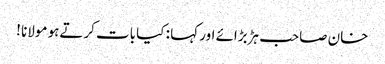
خان صاحب ہڑبڑائے اور کہا : کیا بات کرتےہو مولانا !